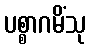
ပစ္စာဂမိံသု